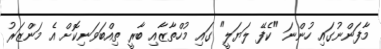
މާފަންނުގައި ހުންނަ "ކެފޭ ލަޔަލީ" ގައި މުހްތާޒާއި ބާރީ ތިއްބަވަނިކޮށް އެ މަންޒަރު